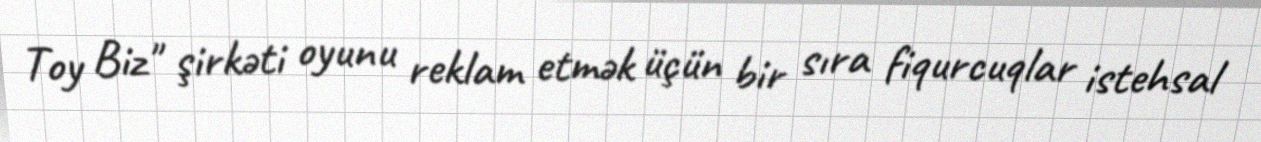
Toy Biz" şirkəti oyunu reklam etmək üçün bir sıra fiqurcuqlar istehsal